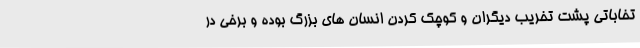
تخاباتی پشت تخریب دیگران و کوچک کردن انسان های بزرگ بوده و برخی در